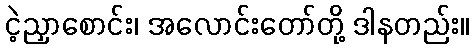
ငဲ့ညှာစောင်း၊ အလောင်းတော်တို့ ဒါနတည်း။